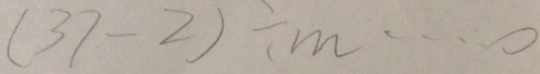
( 3 7 - 2 ) \div m \cdots 0